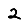
Digit: 2